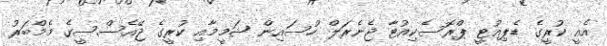
އެއީ ކުރީގެ ޑެޕިއުޓީ ޕްރޮސެކިއުޓާ ޖެނެރަލް ހުސައިން ޝަމީމާއި ކުރީގެ ޖޭއެސްސީގެ މެމްބަރު